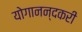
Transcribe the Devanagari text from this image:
योगानन्दकरी